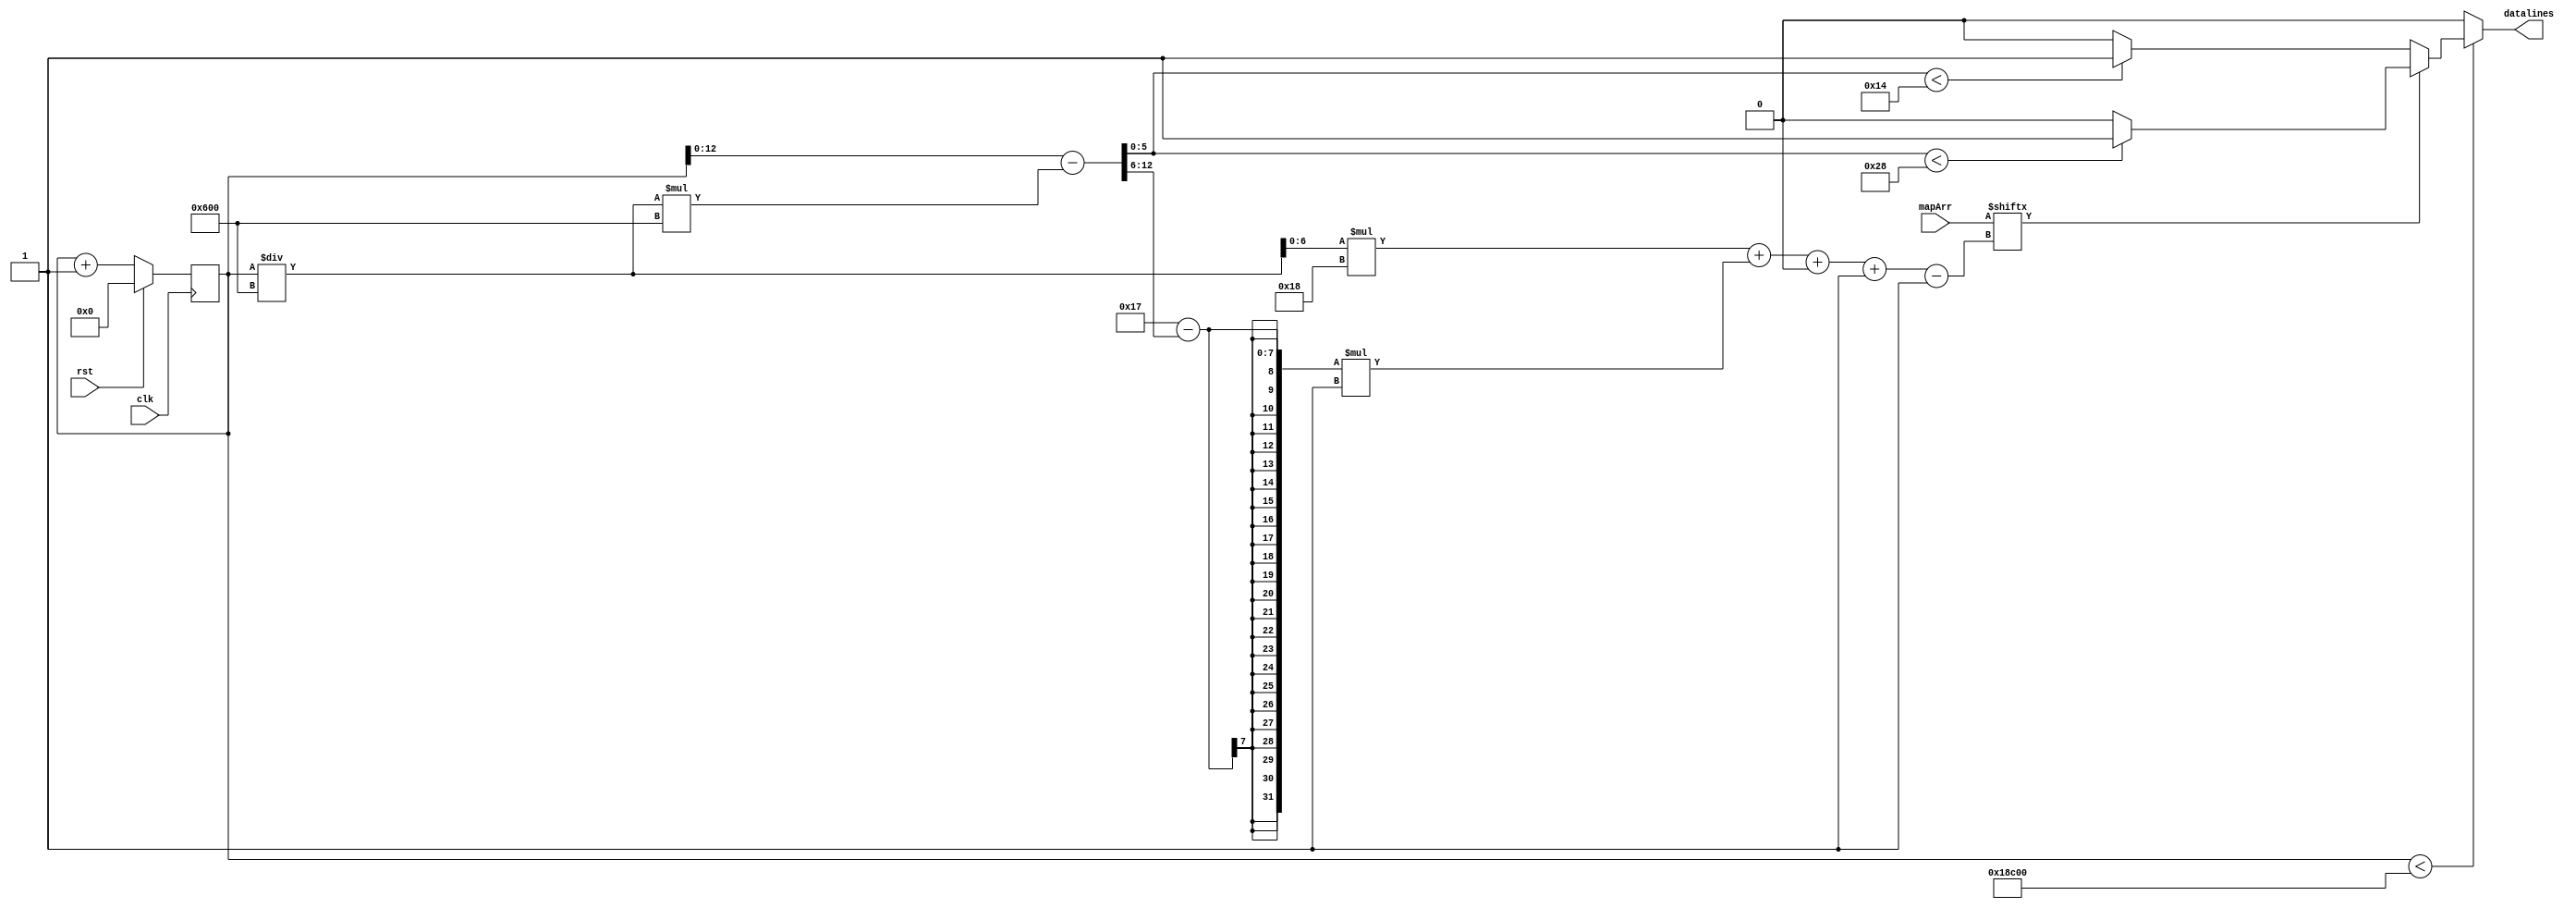
/*
   This file was generated automatically by the Mojo IDE version B1.3.6.
   Do not edit this file directly. Instead edit the original Lucid source.
   This is a temporary file and any changes made to it will be destroyed.
*/

module display_1 (
    input clk,
    input rst,
    input [1583:0] mapArr,
    output reg datalines
  );
  
  
  
  reg [22:0] M_counter_d, M_counter_q = 1'h0;
  
  reg [6:0] ledNo;
  
  reg [12:0] foo;
  
  always @* begin
    M_counter_d = M_counter_q;
    
    M_counter_d = M_counter_q + 1'h1;
    datalines = 1'h0;
    ledNo = M_counter_q / 12'h600;
    foo = M_counter_q - ((M_counter_q / 12'h600) * 12'h600);
    if (M_counter_q < 19'h18c00) begin
      if (mapArr[(ledNo)*24+(5'h17 - (foo >> 3'h6))*1+0-:1] == 1'h0) begin
        if (foo[0+5-:6] < 5'h14) begin
          datalines = 1'h1;
        end
      end else begin
        if (foo[0+5-:6] < 6'h28) begin
          datalines = 1'h1;
        end
      end
    end
  end
  
  always @(posedge clk) begin
    if (rst == 1'b1) begin
      M_counter_q <= 1'h0;
    end else begin
      M_counter_q <= M_counter_d;
    end
  end
  
endmodule